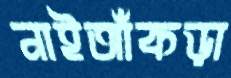
নাইআঁকড়া